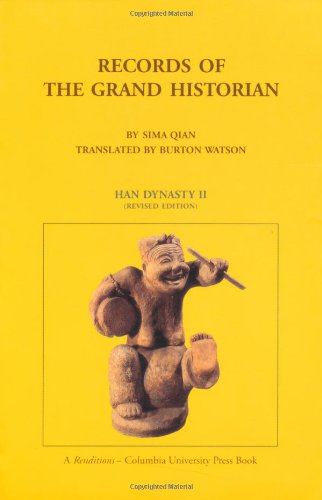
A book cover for Records of the Grand Historian: Han Dynasty II; Sima Qian; Humor & Entertainment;